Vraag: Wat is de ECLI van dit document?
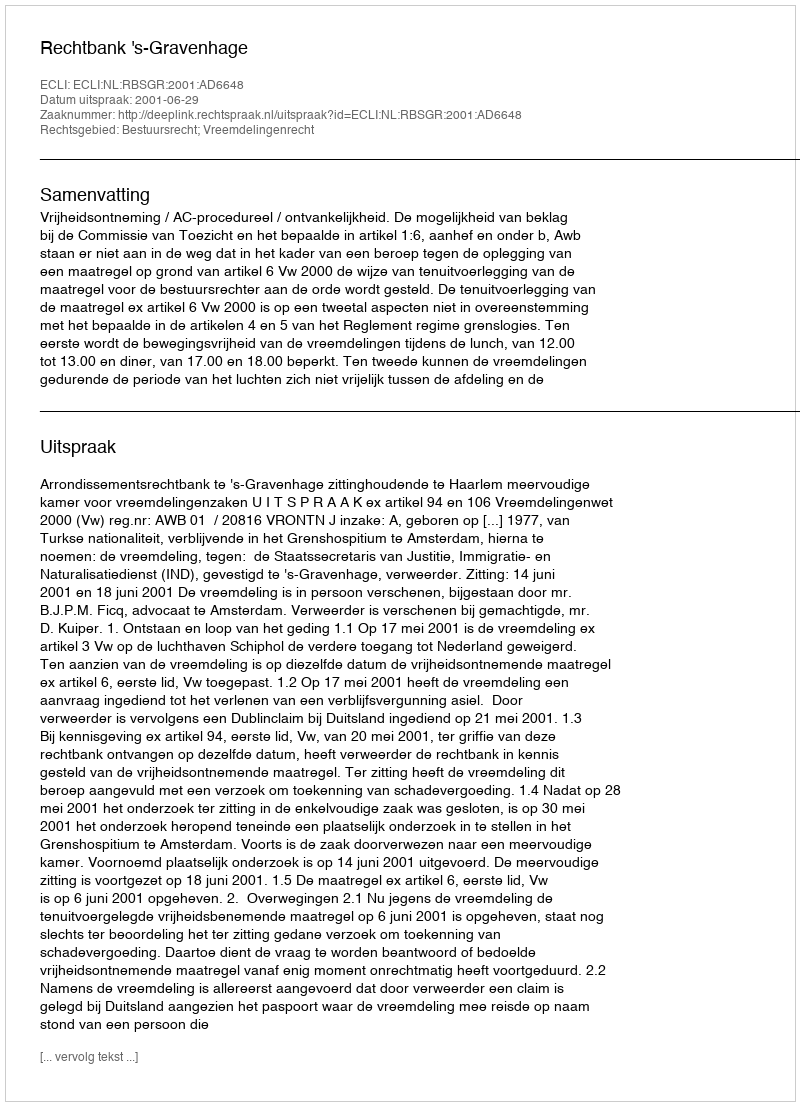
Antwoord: ECLI:NL:RBSGR:2001:AD6648